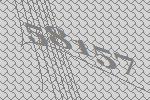
58157